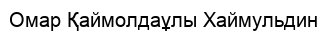
Омар Қаймолдаұлы Хаймульдин